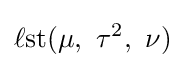
\operatorname {\ell st} (\mu ,\ \tau ^{2},\ \nu )\